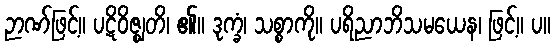
ဉာဏ်ဖြင့်။ ပဋိဝိဇ္ဈတိ၊ ၏။ ဒုက္ခံ၊ သစ္စာကို။ ပရိညာဘိသမယေန၊ ဖြင့်။ ပ။